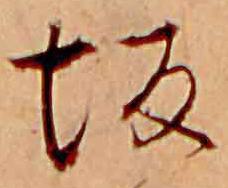
坂